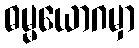
ဓမ္မယောဂမှာ